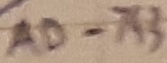
Text: AD-743